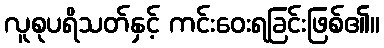
လူစုပရိသတ်နှင့် ကင်းဝေးရခြင်းဖြစ်၏။